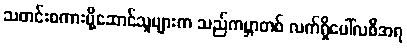
သတင်းစကားပို့ဆောင်သူများက သည်ကမ္ဘာတစ် လက်ရှိပေါ်လစီအရ